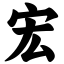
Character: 宏